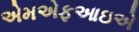
એમએફઆઇએ